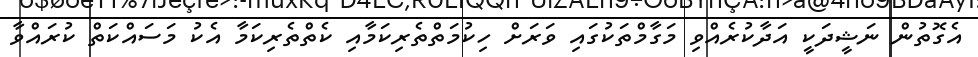
އެގޮތުން ނަޝީދަކީ އަދާކުރެއްވި މަގާމްތަކުގައި ވަރަށް ހިކުމަތްތެރިކަމާއި ކެތްތެރިކަމާ އެކު މަސައްކަތް ކުރައްވާ